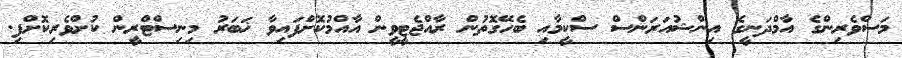
މަސްވެރިންގެ އާމްދަނީގެ އިންޝުއަރަންސް ސްކީމާއި ބެހޭގޮތުން ރާއްޖެޓީވީން އާއްމުކޮށްފައިވާ ޚަބަރު މިނިސްޓްރީން ކުށްވެރިކޮށްފި.